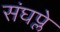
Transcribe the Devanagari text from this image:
संघप्ले